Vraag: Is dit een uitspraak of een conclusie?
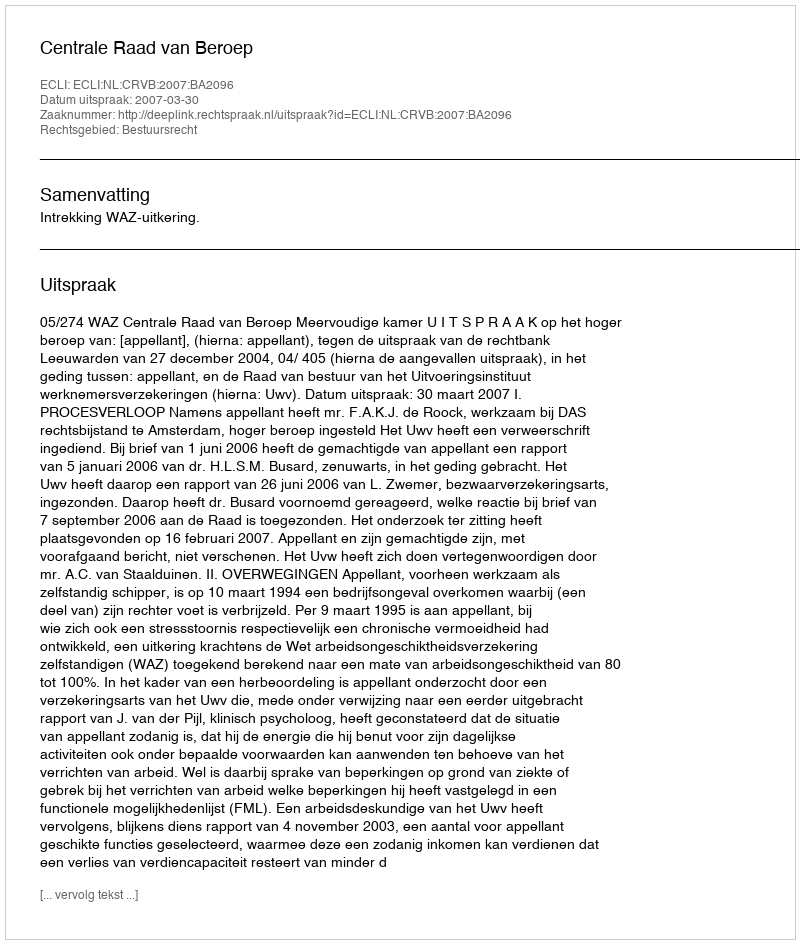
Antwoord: Uitspraak